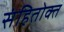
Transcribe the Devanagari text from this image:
संहितोक्त